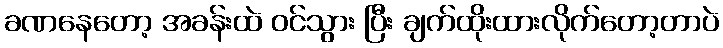
ခဏနေတော့ အခန်းထဲ ဝင်သွား ပြီး ချက်ထိုးထားလိုက်တော့တာပဲ